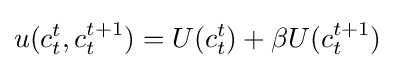
u(c_{t}^{t},c_{t}^{t+1})=U(c_{t}^{t})+\beta U(c_{t}^{t+1})